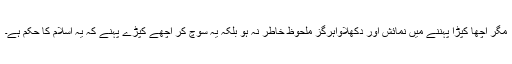
مگر اچھا کپڑا پہننے میں نمائش اور دکھلاواہرگز ملحوظ خاطر نہ ہو بلکہ یہ سوچ کر اچھے کپڑے پہنے کہ یہ اسلام کا حکم ہے۔